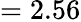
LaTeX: =2.56